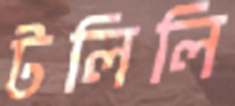
টলিলি